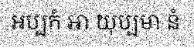
អប្បកំ ឤ យុប្បមា នំ